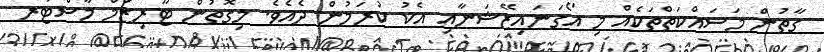
ގާތުން މަސައްކަތްތަކެއް މި އޯގަނައިޒޭޝަނާއި އެކު ކުރަމުން ދެއެވެ. މިގޮތުން ޓޫރިޒަމް މާސްޓަރ